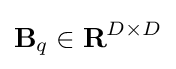
{\textbf {B}}_{q}\in {\mathcal {\textbf {R}}}^{D\times D}